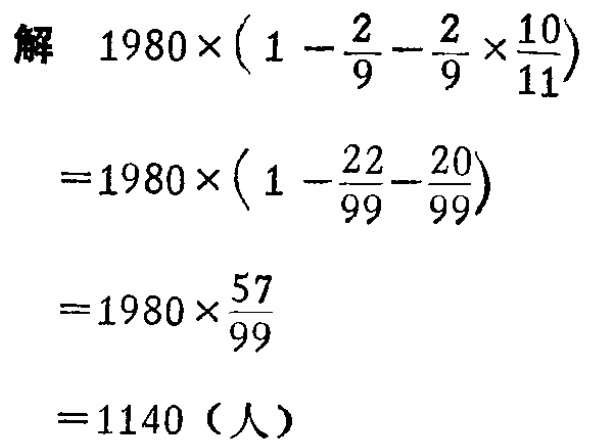
\[

\begin{align*}

&解\quad1980\times(1 - \frac{2}{9}-\frac{2}{9}\times\frac{10}{11})\\

&=1980\times(1 - \frac{22}{99}-\frac{20}{99})\\

&=1980\times\frac{57}{99}\\

&=1140（人）

\end{align*}

\]